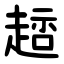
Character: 䞸